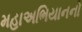
મહાઅભિયાનનો